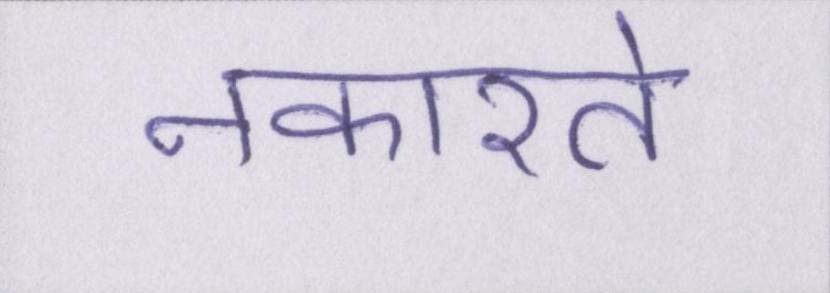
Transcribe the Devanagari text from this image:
नकारते